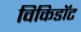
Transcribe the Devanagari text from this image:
विकिडॉट